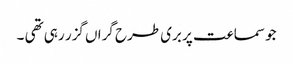
جو سماعت پر بری طرح گراں گزر رہی تھی ۔